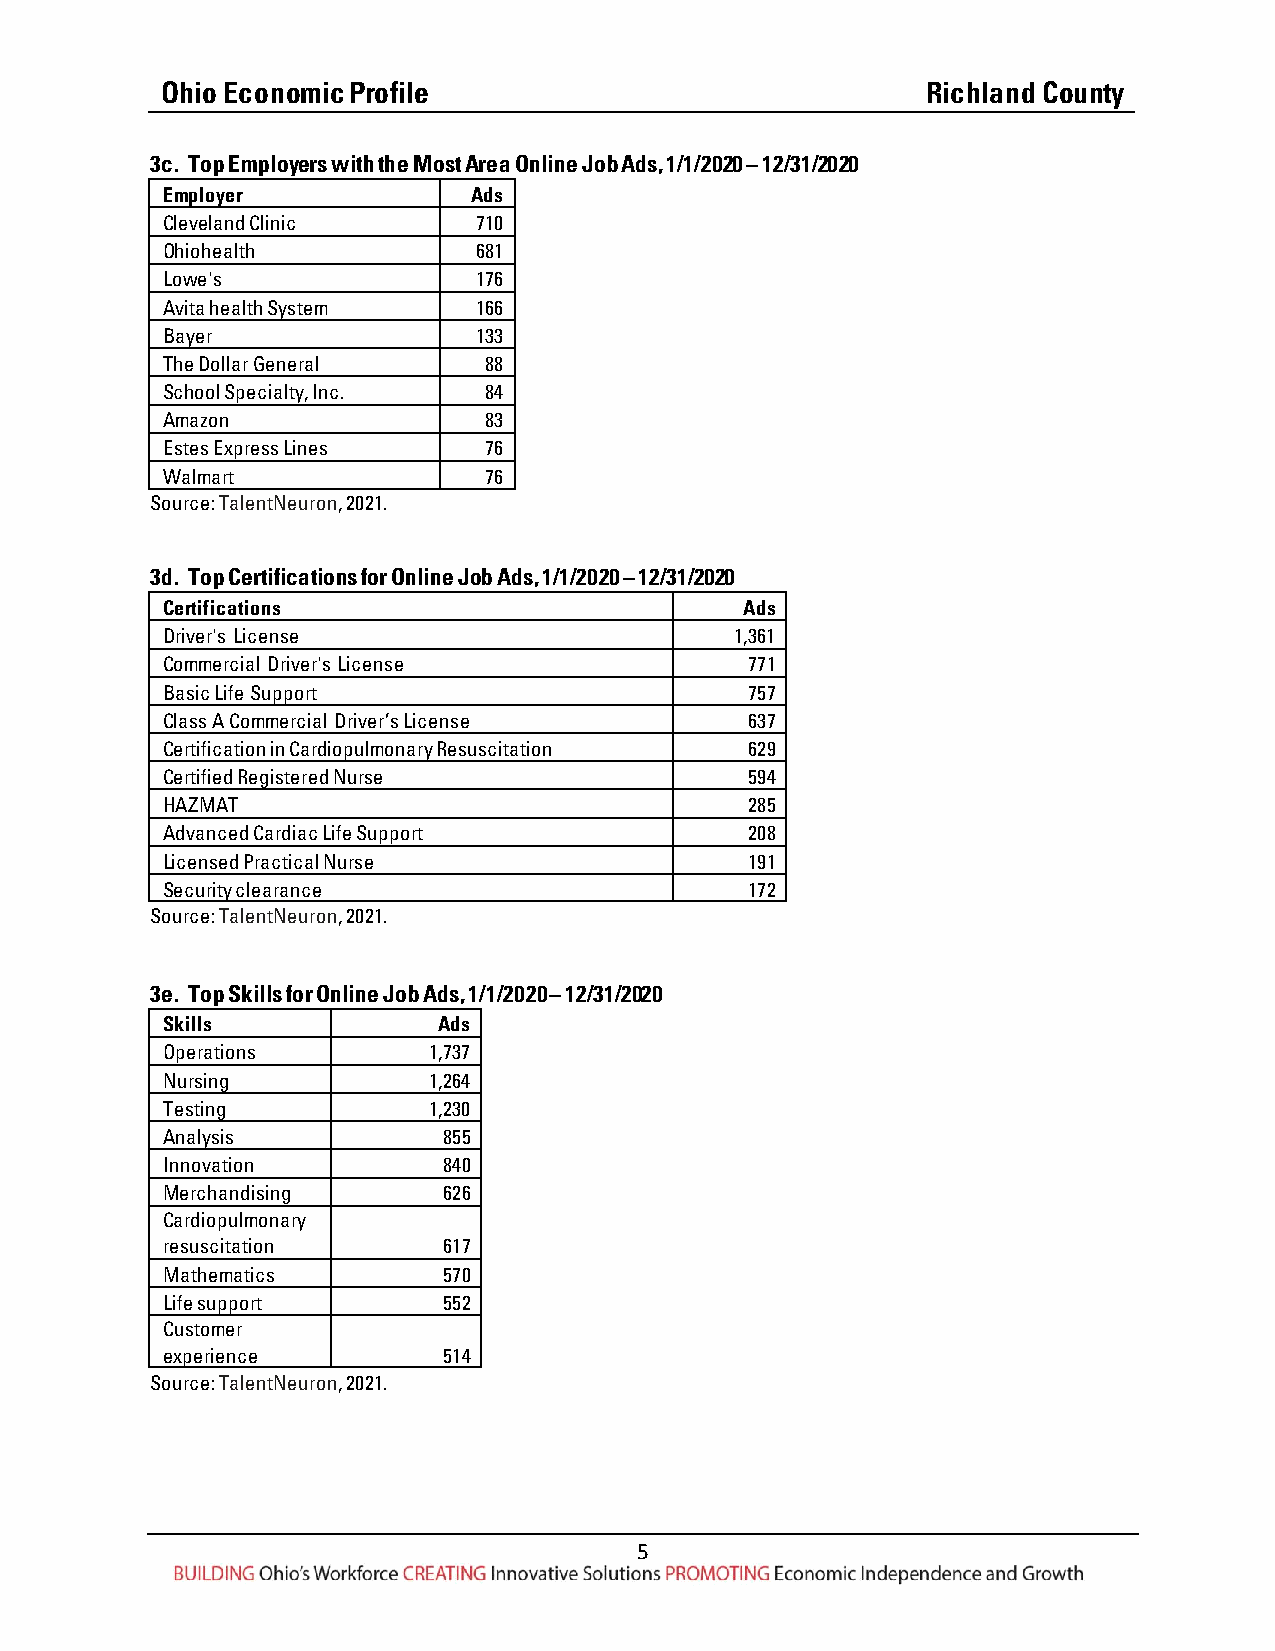
Ohio Economic Profile                             Richland County
 3c. Top Employers with the Most Area Online Job Ads, 1/1/2020 – 12/31/2020
 Employer            Ads
 Cleveland Clinic    710
 Ohiohealth          681
 Lowe's              176
 Avita health System 166
 Bayer               133
 The Dollar General   88
 School Specialty, Inc. 84
 Amazon               83
 Estes Express Lines  76
 Walmart              76
 Source: TalentNeuron, 2021.
 3d. Top Certifications for Online Job Ads, 1/1/2020 – 12/31/2020
 Certifications                        Ads
 Driver's License                      1,361
 Commercial Driver's License            771
 Basic Life Support                     757
 Class A Commercial Driver’s License    637
 Certification in Cardiopulmonary Resuscitation 629
 Certified Registered Nurse             594
 HAZMAT                                 285
 Advanced Cardiac Life Support          208
 Licensed Practical Nurse               191
 Security clearance                     172
 Source: TalentNeuron, 2021.
 3e. Top Skills for Online Job Ads, 1/1/2020 – 12/31/2020
 Skills            Ads
 Operations       1,737
 Nursing          1,264
 Testing          1,230
 Analysis          855
 Innovation        840
 Merchandising     626
 Cardiopulmonary
 resuscitation     617
 Mathematics       570
 Life support      552
 Customer
 experience        514
 Source: TalentNeuron, 2021.
 5